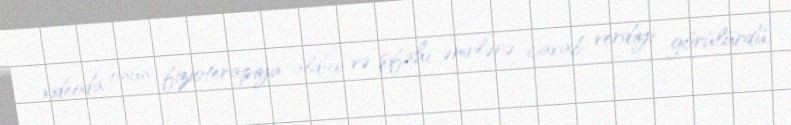
videoda onun fizioterapiya aldığı və şifahi əmrlərə cavab verdiyi görülürdü.